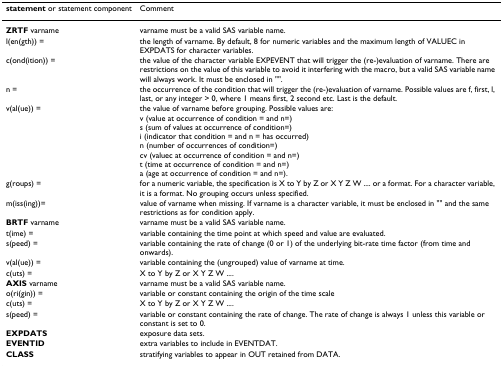
| statement or statement component | Comment |
 | --- | --- |
 | ZRTF varname | varname must be a valid SAS variable name. |
 | l(en(gth)) = | the length of varname. By default, 8 for numeric variables and the maximum length of VALUEC in EXPDATS for character variables. |
 | c(ond(ition)) = | the value of the character variable EXPEVENT that will trigger the (re-)evaluation of varname. There are restrictions on the value of this variable to avoid it interfering with the macro, but a valid SAS variable name will always work. It must be enclosed in "". |
 | n = | the occurrence of the condition that will trigger the (re-)evaluation of varname. Possible values are f, first, l, last, or any integer > 0, where 1 means first, 2 second etc. Last is the default. |
 | v(al(ue)) = | the value of varname before grouping. Possible values are:v (value at occurrence of condition = and n=)s (sum of values at occurrence of condition=)i (indicator that condition = and n = has occurred)n (number of occurrences of condition=)cv (valuec at occurrence of condition = and n=)t (time at occurrence of condition = and n=)a (age at occurrence of condition = and n=). |
 | g(roups) = | for a numeric variable, the specification is X to Y by Z or X Y Z W .... or a format. For a character variable, it is a format. No grouping occurs unless specified. |
 | m(iss(ing))= | value of varname when missing. If varname is a character variable, it must be enclosed in "" and the same restrictions as for condition apply. |
 | BRTF varname | varname must be a valid SAS variable name. |
 | t(ime) = | variable containing the time point at which speed and value are evaluated. |
 | s(peed) = | variable containing the rate of change (0 or 1) of the underlying bit-rate time factor (from time and onwards). |
 | v(al(ue)) = | variable containing the (ungrouped) value of varname at time. |
 | c(uts) = | X to Y by Z or X Y Z W .... |
 | AXIS varname | varname must be a valid SAS variable name. |
 | o(ri(gin)) = | variable or constant containing the origin of the time scale |
 | c(uts) = | X to Y by Z or X Y Z W .... |
 | s(peed) = | variable or constant containing the rate of change. The rate of change is always 1 unless this variable or constant is set to 0. |
 | EXPDATS | exposure data sets. |
 | EVENTID | extra variables to include in EVENTDAT. |
 | CLASS | stratifying variables to appear in OUT retained from DATA. |